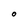
Character: O